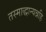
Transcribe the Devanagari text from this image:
तस्माद्धान्यन्नहि